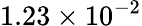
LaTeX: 1.23\times 10^{-2}